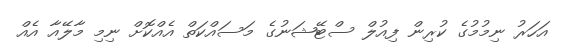
އަހަރު ނިމުމުގެ ކުރިން ފިއުލް ސްޓޭޝަނުގެ މަސައްކަތް އެއްކޮށް ނިމި މާލޭއާ އެއް